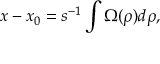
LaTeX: x - x _ { 0 } = s ^ { - 1 } \int \Omega ( \rho ) d \rho ,